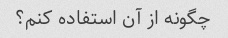
چگونه از آن استفاده کنم؟